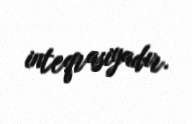
inteqrasiyadır.